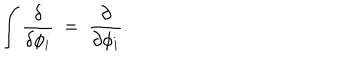
LaTeX: \int { \frac { \delta } { \delta \phi _ { i } } } ~ = ~ { \frac { \partial } { \partial \phi _ { i } } } .